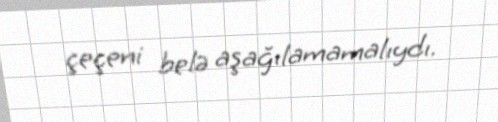
çeçeni belə aşağılamamalıydı.